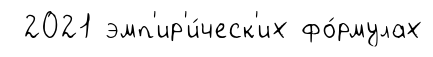
2021 эмп'ир'и́ческ'их фо́рмулах